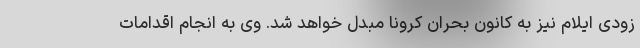
زودی ایلام نیز به کانون بحران کرونا مبدل خواهد شد. وی به انجام اقدامات